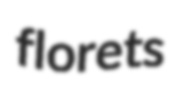
florets